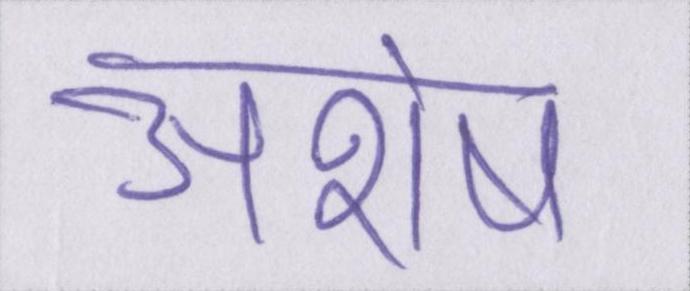
अशेष